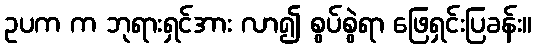
ဥပက က ဘုရားရှင်အား လာ၍ စွပ်စွဲရာ ဖြေရှင်းပြခန်း။